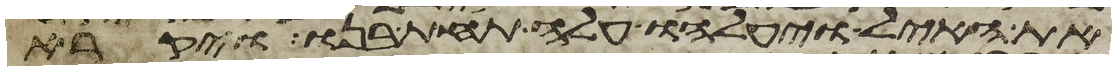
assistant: את האיל ויעלהו עלה תחת בנו ויקרא